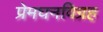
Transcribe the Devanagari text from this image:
प्रेमघनविग्रह